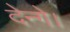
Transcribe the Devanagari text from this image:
देन्गे।